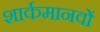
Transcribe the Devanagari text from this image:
शार्कमानवों